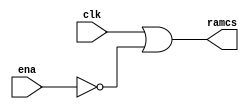
module j_clkgen
(
	output ramcs,
	input clk,
	input ena
);
wire ena_n;

// _DUPLO.NET (115) - ena\ : iv
assign ena_n = ~ena;

// _DUPLO.NET (116) - ramcs : or2x3
assign ramcs = clk | ena_n;
endmodule